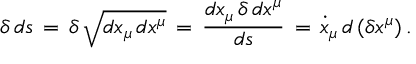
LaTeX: \delta \, d s \, = \, \delta \, \sqrt { d x _ { \mu } \, d x ^ { \mu } } \, = \, \frac { d x _ { \mu } \, \delta \, d x ^ { \mu } } { d s } \, = \, \dot { x } _ { \mu } \, d \, ( \delta x ^ { \mu } ) \, { . }